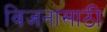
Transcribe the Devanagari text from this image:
विजनासाठी